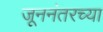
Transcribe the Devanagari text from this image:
जूननंतरच्या